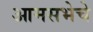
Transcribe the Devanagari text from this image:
आमसभेचे